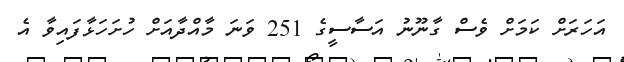
އަހަރަށް ކަމަށް ވެސް ގާނޫނު އަސާސީގެ 251 ވަނަ މާއްދާއަށް ހުށަހަޅާފައިވާ އެ